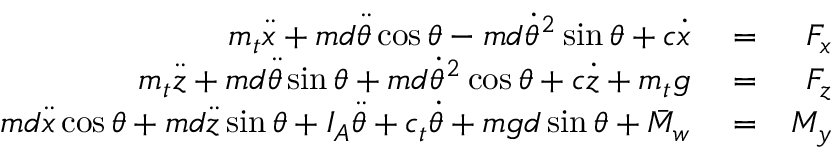
\begin{array} { r l r } { m _ { t } \ddot { x } + m d \ddot { \theta } \cos \theta - m d \dot { \theta } ^ { 2 } \sin \theta + c \dot { x } } & { { } = } & { F _ { x } } \\ { m _ { t } \ddot { z } + m d \ddot { \theta } \sin \theta + m d \dot { \theta } ^ { 2 } \cos \theta + c \dot { z } + m _ { t } g } & { { } = } & { F _ { z } } \\ { m d \ddot { x } \cos \theta + m d \ddot { z } \sin \theta + I _ { A } \ddot { \theta } + c _ { t } \dot { \theta } + m g d \sin \theta + \bar { M } _ { w } } & { { } = } & { M _ { y } } \end{array}